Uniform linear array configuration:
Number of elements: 64
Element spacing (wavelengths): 1
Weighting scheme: exponential
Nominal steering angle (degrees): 30
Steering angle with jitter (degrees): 30.208
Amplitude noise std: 0.05
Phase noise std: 0.05

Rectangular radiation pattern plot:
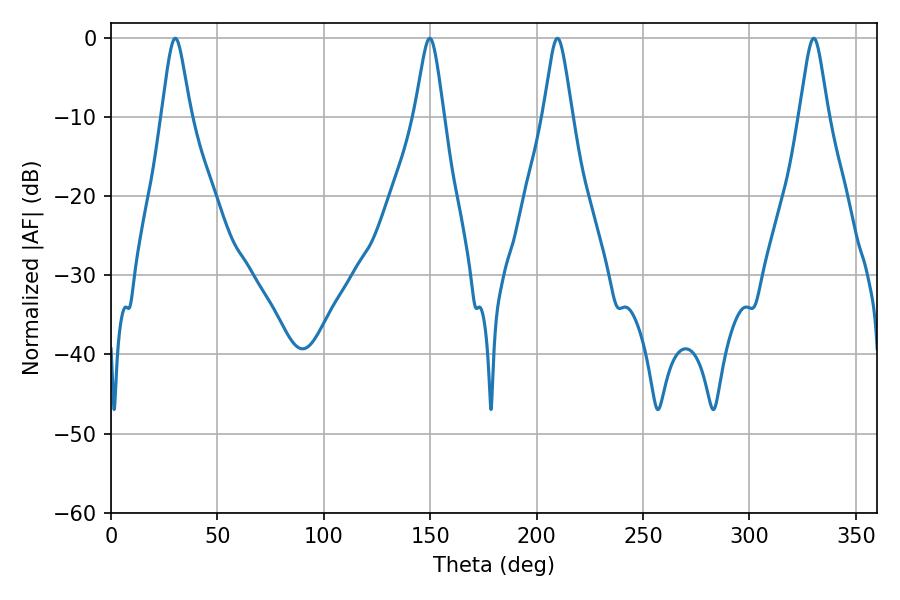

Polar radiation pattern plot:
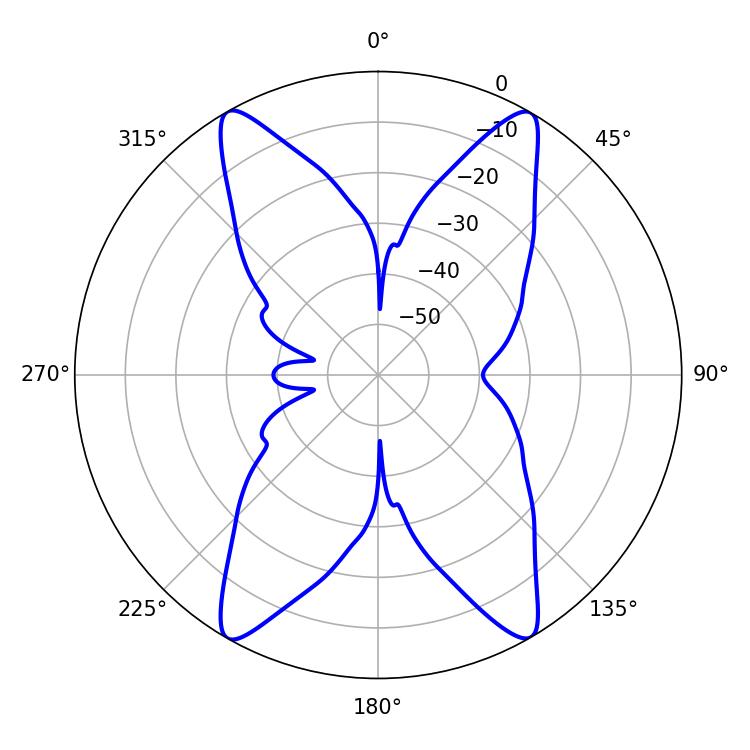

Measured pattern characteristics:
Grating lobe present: TRUE
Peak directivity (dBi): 24.477
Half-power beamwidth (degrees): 6.48
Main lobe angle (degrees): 30.24